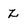
Character: Z